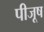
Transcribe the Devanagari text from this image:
पीजूष